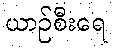
ယာဉ်စီးရေ